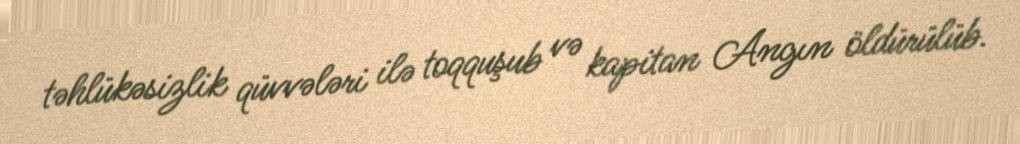
təhlükəsizlik qüvvələri ilə toqquşub və kapitan Angın öldürülüb.